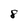
Character: 8